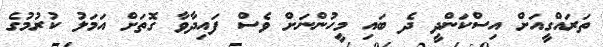
ތަރައްގީއަށް އިސްކަންދީ ދެ ބައި މީހުންނަށް ވެސް ފައިދާވާ ގޮތަށް އަމަލު ކުރުމުގެ